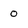
Character: O